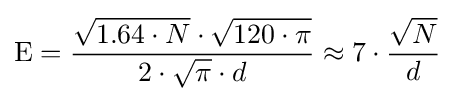
{\mbox{E}}={\frac {{\sqrt {1.64\cdot N}}\cdot {\sqrt {120\cdot \pi }}}{2\cdot {\sqrt {\pi }}\cdot d}}\approx 7\cdot {\frac {\sqrt {N}}{d}}